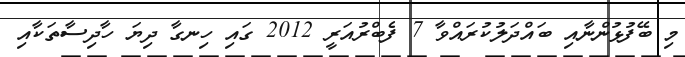
މި ބޭފުޅުންނާއި ބައްދަލުކުރައްވާ 7 ފެބްރުއަރީ 2012 ގައި ހިނގާ ދިޔަ ހާދިސާތަކާއި